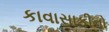
કાવાસાકીનો